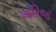
ખારિજ